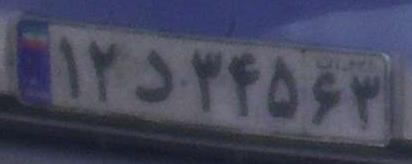
۱۲د۳۴۵۶۳